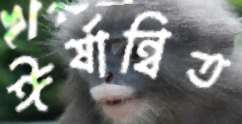
ঈর্ষান্বিত